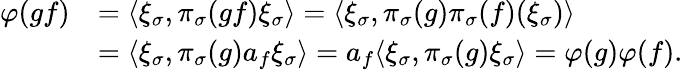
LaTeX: \begin{array}{rl}{\varphi(gf)}&{=\langle\xi_{\sigma},\pi_{\sigma}(gf)\xi_{\sigma}\rangle=\langle\xi_{\sigma},\pi_{\sigma}(g)\pi_{\sigma}(f)(\xi_{\sigma})\rangle}\\ &{=\langle\xi_{\sigma},\pi_{\sigma}(g)a_{f}\xi_{\sigma}\rangle=a_{f}\langle\xi_{\sigma},\pi_{\sigma}(g)\xi_{\sigma}\rangle=\varphi(g)\varphi(f).}\end{array}